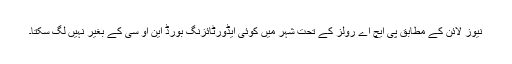
نیوز لائن کے مطابق پی ایچ اے رولز کے تحت شہر میں کوئی ایڈورٹائزنگ بورڈ این او سی کے بغیر نہیں لگ سکتا۔